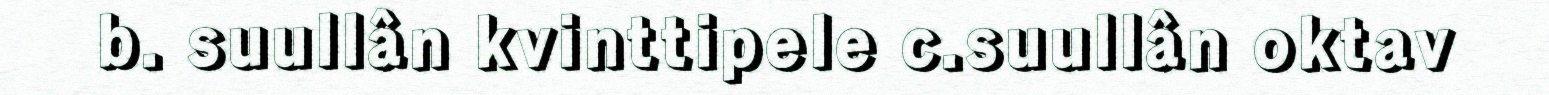
b. suullân kvinttipele c.suullân oktav